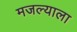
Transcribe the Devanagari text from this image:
मजल्याला